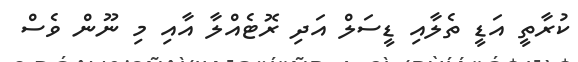
ކުރާތީ އަޑީ ތެލާއި ޑީސަލް އަދި ރޮޓެއްލާ އާއި މި ނޫން ވެސް